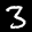
Label: 3